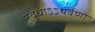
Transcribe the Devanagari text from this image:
नवधाऽऽथर्वणो